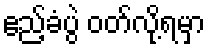
ဧည့်ခံပွဲ ဝတ်လို့ရမှာ